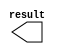
module constant_ch_width (
	result);

	output	[9:0]  result;

endmodule